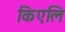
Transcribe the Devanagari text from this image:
किएलि